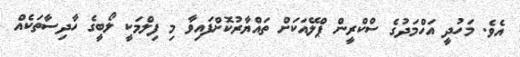
އެވެ. މަހުދީ އަހްމަދުގެ ސްކްރީން ޕްލޭއަކަށް ތައްޔާރުކޮށްފައިވާ މި ފިލްމަކީ ލޯބީގެ ހާދިސާތަކެއް